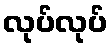
လုပ်လုပ်